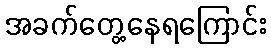
အခက်တွေ့နေရကြောင်း